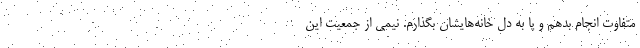
متفاوت انجام بدهم و پا به دل خانه‌هایشان بگذارم. نیمی از جمعیت این